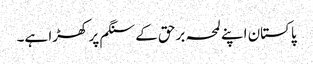
پاکستان اپنے لمحہ برحق کے سنگم پر کھڑا ہے۔